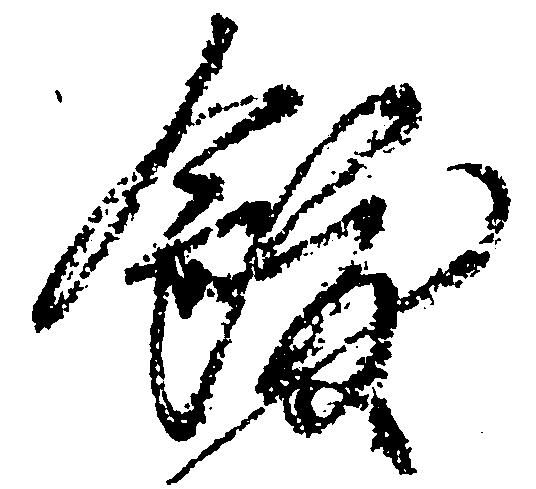
飫